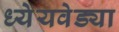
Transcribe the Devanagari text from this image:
ध्येेयवेड्या